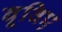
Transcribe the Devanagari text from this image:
बूविए